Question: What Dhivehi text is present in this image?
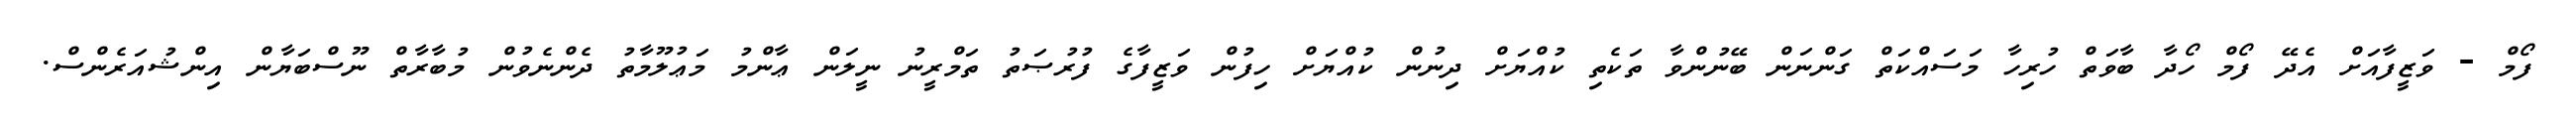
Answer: ފޯމް - ވަޒީފާއަށް އެދޭ ފޯމް ހޯދާ ބާވަތް ހުރިހާ މަސައްކަތް ގަންނަން ބޭނުންވާ ތަކެތި ކުއްޔަށް ދިނުން ކުއްޔަށް ހިފުން ވަޒީފާގެ ފުރުޞަތު ތަމްރީނު ނީލަން ޢާންމު މަޢުލޫމާތު ދެންނެވުން މުބާރާތް ނޫސްބަޔާން އިންޝުއަރެންސް.